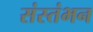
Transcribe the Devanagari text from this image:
संस्तंभन